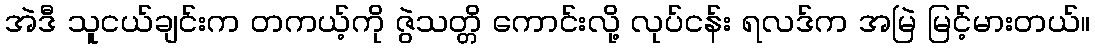
အဲဒီ သူငယ်ချင်းက တကယ့်ကို ဇွဲသတ္တိ ကောင်းလို့ လုပ်ငန်း ရလဒ်က အမြဲ မြင့်မားတယ်။